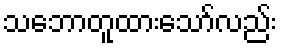
သဘောတူထားသော်လည်း